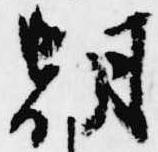
朝